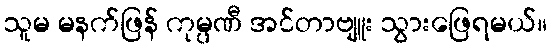
သူမ မနက်ဖြန် ကုမ္ပဏီ အင်တာဗျူး သွားဖြေရမယ်။